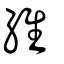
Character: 維